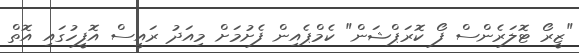
"ޒީރޯ ޓޮލަރެންސް ފޯ ކޮރަޕްޝަން" ކެމްޕެއިން ފެށުމަށް މިއަދު ރައީސް އޮފީހުގައި އޮތް